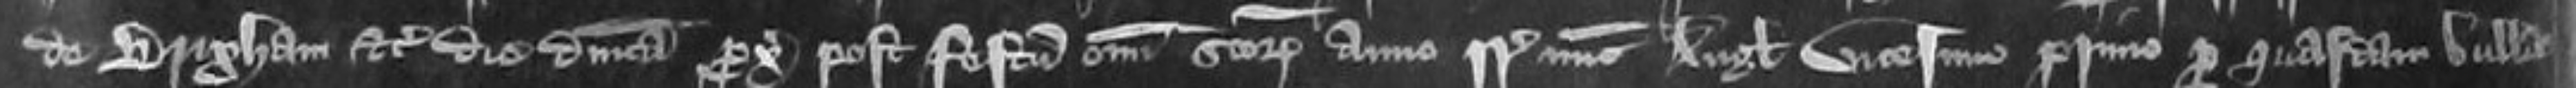
de Brixham etc die Dominica proximo post Festum Omnium Sanctorum anno regni Regis nunc Anglie vicesimo primo per quasdam bullas